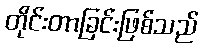
တိုင်းတာခြင်းဖြစ်သည်